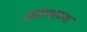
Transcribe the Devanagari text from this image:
अर्हत्वाच्या